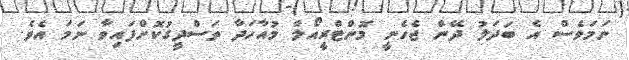
ނަމަވެސް އެ ބަދަލު ދޭން ޖެހެނީ މޮންޓްރީއޯލް މުއާހަދާ ތަސްދީގުކޮށްފައިވާ ނަމަ އެވެ.